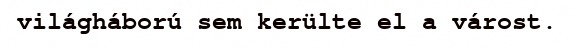
világháború sem kerülte el a várost.